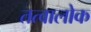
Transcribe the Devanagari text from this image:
तत्वालोक